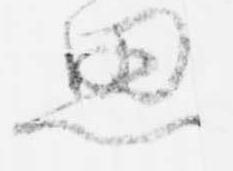
思